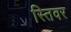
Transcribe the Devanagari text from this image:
स्तिवर